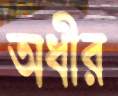
অধীর